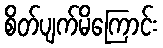
စိတ်ပျက်မိကြောင်း